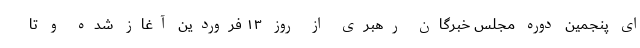
ای پنجمین دوره مجلس خبرگان رهبری از روز ۱۳ فروردین آغاز شده و تا